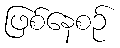
ဖြစ်နေစဉ်